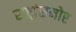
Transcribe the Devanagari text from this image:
राष्ट्रांसमोर